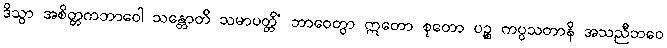
ဒိသွာ အစိတ္တကဘာဝေါ သန္တောတိ သမာပတ္တိံ ဘာဝေတွာ ဣတော စုတော ပဉ္စ ကပ္ပသတာနိ အသညီဘဝေ